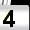
Digit: 4